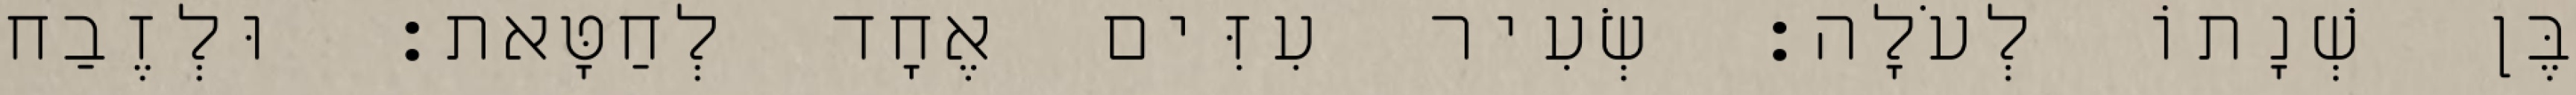
בֶּן שְׁנָתוֹ לְעֹלָה׃ שְׂעִיר עִזִּים אֶחָד לְחַטָּאת׃ וּלְזֶבַח